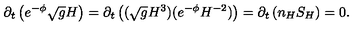
\partial _ { t } \left( e ^ { - \phi } \sqrt { g } H \right) = \partial _ { t } \left( ( \sqrt { g } H ^ { 3 } ) ( e ^ { - \phi } H ^ { - 2 } ) \right) = \partial _ { t } \left( n _ { H } S _ { H } \right) = 0 .